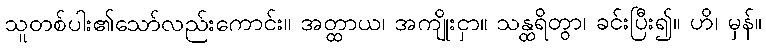
သူတစ်ပါး၏သော်လည်းကောင်း။ အတ္ထာယ၊ အကျိုးငှာ။ သန္ထရိတွာ၊ ခင်းပြီး၍။ ဟိ၊ မှန်။